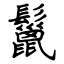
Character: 鬣